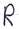
Text: R